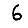
Digit: 6